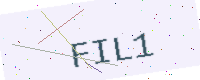
Text: FIL1